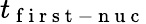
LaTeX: t_{\mathrm{~f~i~r~s~t~-~n~u~c~}}